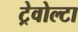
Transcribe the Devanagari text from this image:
ट्रेवोल्टा